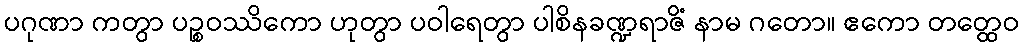
ပဂုဏာ ကတွာ ပဉ္စဝဿိကော ဟုတွာ ပဝါရေတွာ ပါစိနခဏ္ဍရာဇိံ နာမ ဂတော။ ဧကော တတ္ထေဝ